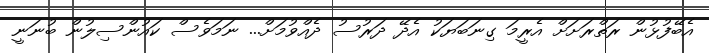
އެބޭފުޅުން ރަތްރަށަށް އެރީމަ ގިނަބަޔަކު އެދޭ ދަރުސު ދެއްވުމަށް... ނަމަވެސް ކައުންސިލުން ބުނަނީ